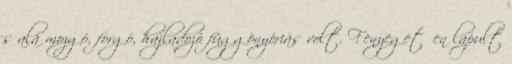
s alá mozgó, forgó, hajladozó függönyóriás volt. Fenyegetően lapult